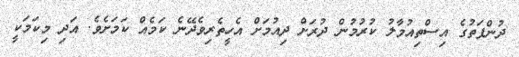
ދުންފަތުގެ އިސްތިއުމާލު ކުރުމުން ދުރަށް ދިއުމަށް އެހީތެރިވެދޭނެ ކަމެއް ކަމަށެވެ. އަދި މިކަމަކީ